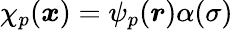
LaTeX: \chi_{p}(\boldsymbol{x})=\psi_{p}(\boldsymbol{r})\alpha(\sigma)